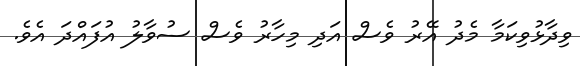
ވިދާޅުވިކަމާ މެދު އޭރު ވެސް އަދި މިހާރު ވެސް ސުވާލު އުފައްދަ އެވެ.